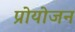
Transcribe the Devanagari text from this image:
प्रोयोजन